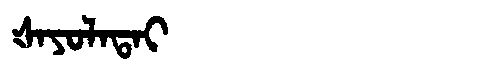
Manchu: ᡧᠠᠶᠣᠯᠠᡨᠠᡳ
Romanization: ŠAYOLATAI